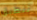
تنطبق